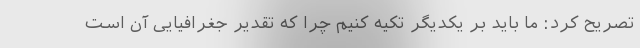
تصریح کرد: ما باید بر یکدیگر تکیه کنیم چرا که تقدیر جغرافیایی آن است